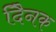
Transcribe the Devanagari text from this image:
दैिनक